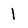
Character: 1